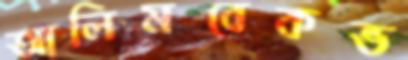
আলিমবেকভ